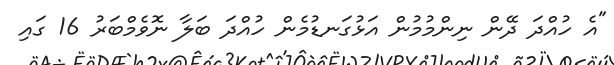
"އެ ހުއްދަ ދޭން ނިންމުމުން އަޅުގަނޑުމެން ހުއްދަ ބަލާ ނޮވެމްބަރު 16 ގައި